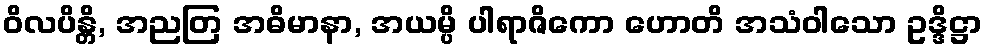
ဝိလပိန္တိ, အညတြ အဓိမာနာ, အယမ္ပိ ပါရာဇိကော ဟောတိ အသံဝါသော ဥဒ္ဒိဋ္ဌာ